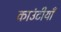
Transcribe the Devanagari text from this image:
काउंटीयाँ